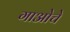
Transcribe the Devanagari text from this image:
गाओचे